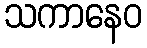
သကာနေဝ